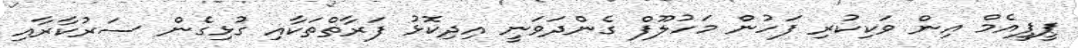
ޕީޕީއެމް އިން ވަކިކުރި ފަހުން މަހުލޫފް ގެންދަވަނީ އިދިކޮޅު ފަރާތްތަކާއި ގުޅިގެން ސަރުކާރާއި